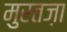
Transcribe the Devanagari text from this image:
मुरतज़ा